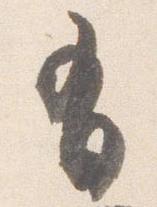
有